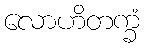
လောဟိတက္ခံ